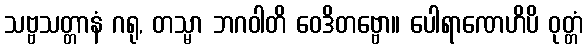
သဗ္ဗသတ္တာနံ ဂရု, တသ္မာ ဘဂဝါတိ ဝေဒိတဗ္ဗော။ ပေါရာဏေဟိပိ ဝုတ္တံ